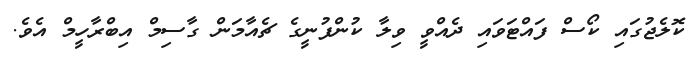
ކޮލެޖުގައި ކޯސް ފައްޓަވައި ދެއްވީ ވިލާ ކުންފުނީގެ ޗެއާމަން ގާސިމް އިބްރާހީމް އެވެ.